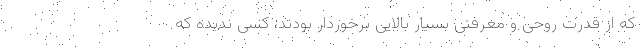
که از قدرت روحی و معرفتی بسیار بالایی برخوردار بودند، کسی ندیده که